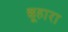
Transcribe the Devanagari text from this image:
छूहारा